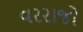
વરરાજો